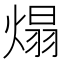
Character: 𤌙